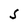
Character: S